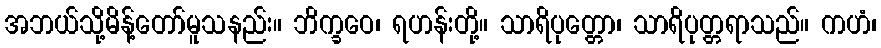
အဘယ်သို့မိန့်တော်မူသနည်း။ ဘိက္ခဝေ၊ ရဟန်းတို့။ သာရိပုတ္တော၊ သာရိပုတ္တရာသည်။ ကဟံ၊